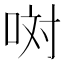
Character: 𠲝